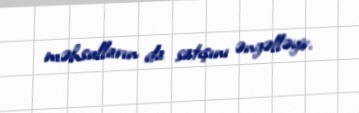
məhsulların da satışını əngəlləyir.